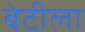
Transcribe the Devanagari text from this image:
बेटीला